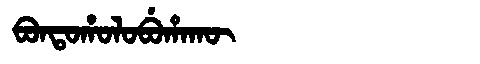
Manchu: ᠪᠣᠨᡨᠣᡥᠣᠯᠣᠪᡠᡥᠠᡴᡡ
Romanization: BONTOHOLOBUHAKŪ